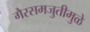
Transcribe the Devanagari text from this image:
गैरसमजुतीमुळे